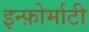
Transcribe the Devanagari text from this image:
इन्फ़ोर्माटी